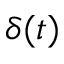
\delta ( t )